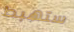
ستهبط